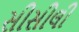
સીસીલી